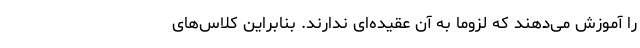
را آموزش می‌دهند که لزوماً به آن عقیده‌ای ندارند. بنابراین کلاس‌های